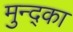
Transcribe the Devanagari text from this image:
मुन्द्का